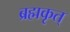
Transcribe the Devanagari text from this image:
ब्रह्मकृत्